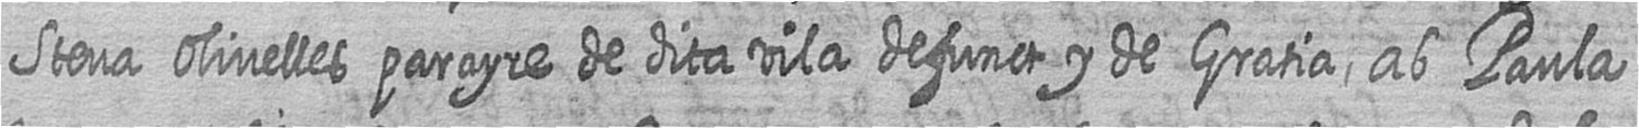
Steva Olivelles parayre de dita vila defunct y de Gratia ab Paula